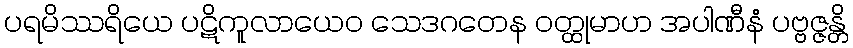
ပရမိဿရိယေ ပဋိကူလာယေဝ သေဒဂတေန ဝတ္ထုမာဟ အပါဏီနံ ပဗ္ဗဇ္ဇန္တိ